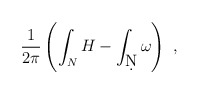
\begin{align*}\frac{1}{2\pi}\left(\int_N H - \int_{\d N} \omega\right)~,\end{align*}